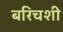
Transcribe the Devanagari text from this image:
बरिचशी